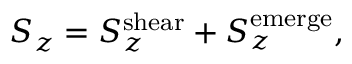
\begin{array} { r } { S _ { z } = S _ { z } ^ { \mathrm { s h e a r } } + S _ { z } ^ { \mathrm { e m e r g e } } , } \end{array}